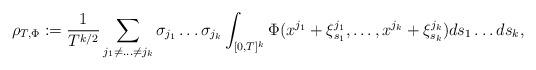
LaTeX: \begin{align*}\rho_{T,\Phi}:=\frac{1}{T^{k/2}}\sum_{j_1 \neq \ldots \neq j_k}\sigma_{j_1}\ldots \sigma_{j_k}\int_{[0,T]^k}\Phi(x^{j_1}+\xi^{j_1}_{s_1},\ldots,x^{j_k}+\xi^{j_k}_{s_k})ds_1 \ldots ds_k,\end{align*}